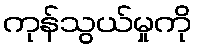
ကုန်သွယ်မှုကို